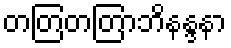
တတြတတြာဘိနန္ဒနာ